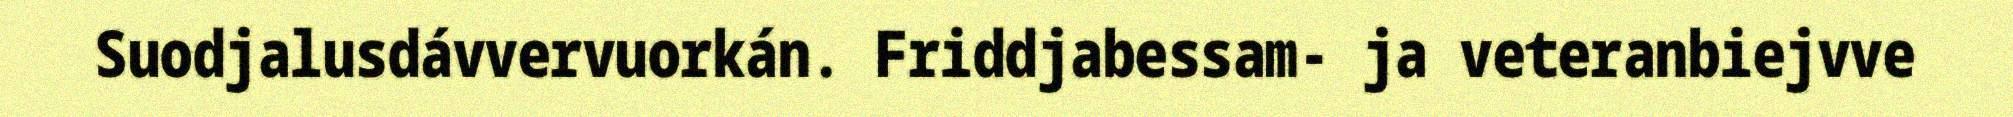
Suodjalusdávvervuorkán. Friddjabessam- ja veteranbiejvve